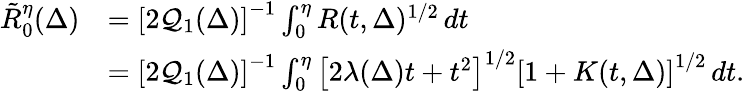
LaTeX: \begin{array}{rl}{\tilde{R}_{0}^{\eta}(\Delta)}&{=\left[2\mathcal Q_{1}(\Delta)\right]^{-1}\int_{0}^{\eta}R(t,\Delta)^{1/2}\, dt}\\ &{=\left[2\mathcal Q_{1}(\Delta)\right]^{-1}\int_{0}^{\eta}\left[2\lambda(\Delta)t+t^{2}\right]^{1/2}\left[1+K(t,\Delta)\right]^{1/2}\, dt.}\end{array}